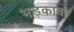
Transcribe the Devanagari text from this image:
भड़कावा